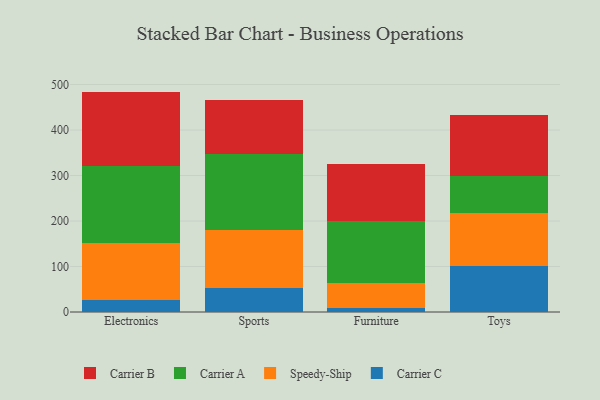
{"axis": {"x": "Category", "y": "Temperature (°C)"}, "legend": ["Carrier A", "Carrier B", "Carrier C", "Speedy-Ship"], "data": [{"x": "Electronics", "y": 26.2, "type": "Carrier C"}, {"x": "Electronics", "y": 125.2, "type": "Speedy-Ship"}, {"x": "Electronics", "y": 170.1, "type": "Carrier A"}, {"x": "Electronics", "y": 163.0, "type": "Carrier B"}, {"x": "Sports", "y": 53.8, "type": "Carrier C"}, {"x": "Sports", "y": 126.7, "type": "Speedy-Ship"}, {"x": "Sports", "y": 166.5, "type": "Carrier A"}, {"x": "Sports", "y": 118.0, "type": "Carrier B"}, {"x": "Furniture", "y": 8.3, "type": "Carrier C"}, {"x": "Furniture", "y": 54.9, "type": "Speedy-Ship"}, {"x": "Furniture", "y": 137.9, "type": "Carrier A"}, {"x": "Furniture", "y": 124.8, "type": "Carrier B"}, {"x": "Toys", "y": 101.9, "type": "Carrier C"}, {"x": "Toys", "y": 116.0, "type": "Speedy-Ship"}, {"x": "Toys", "y": 81.3, "type": "Carrier A"}, {"x": "Toys", "y": 134.5, "type": "Carrier B"}]}